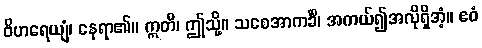
ဝိဟရေယျံ၊ နေရာ၏။ ဣတိ၊ ဤသို့။ သစေအာကင်္ခိ၊ အကယ်၍အလိုရှိအံ့။ ဧဝံ